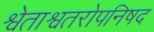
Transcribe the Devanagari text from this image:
श्वेताश्वतरोपनिषद